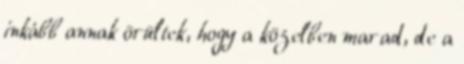
inkább annak örültek, hogy a közelben marad, de a